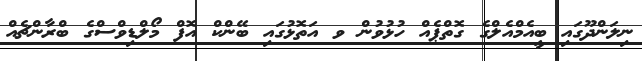
ނިލަންދޫގައި ބީއެމްއެލްގެ ގޮތްޕެއް ހުޅުވުން ވ އަތޮޅުގައި ބޭންކް އޮފް މޯލްޑިވްސްގެ ބްރާންޗެއް